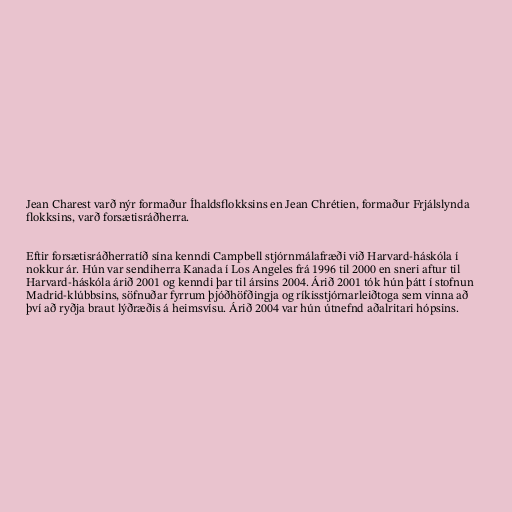
Jean Charest varð nýr formaður Íhaldsflokksins en Jean Chrétien, formaður Frjálslynda
flokksins, varð forsætisráðherra.

Eftir forsætisráðherratíð sína kenndi Campbell stjórnmálafræði við Harvard-háskóla í
nokkur ár. Hún var sendiherra Kanada í Los Angeles frá 1996 til 2000 en sneri aftur til
Harvard-háskóla árið 2001 og kenndi þar til ársins 2004. Árið 2001 tók hún þátt í stofnun
Madrid-klúbbsins, söfnuðar fyrrum þjóðhöfðingja og ríkisstjórnarleiðtoga sem vinna að
því að ryðja braut lýðræðis á heimsvísu. Árið 2004 var hún útnefnd aðalritari hópsins.